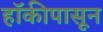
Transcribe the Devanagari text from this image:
हॉकीपासून